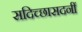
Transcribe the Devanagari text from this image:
सदिच्छासदनीं